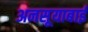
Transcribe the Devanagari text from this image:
अनसूयाबाई